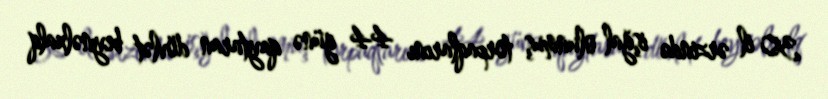
30 il ərzində işğal olunmuş torpaqlarını 44 günə qaytaran dövlət beynəlxalq